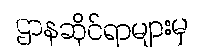
ဌာနဆိုင်ရာများမှ